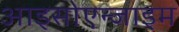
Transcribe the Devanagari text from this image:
आइसोएन्जाइम